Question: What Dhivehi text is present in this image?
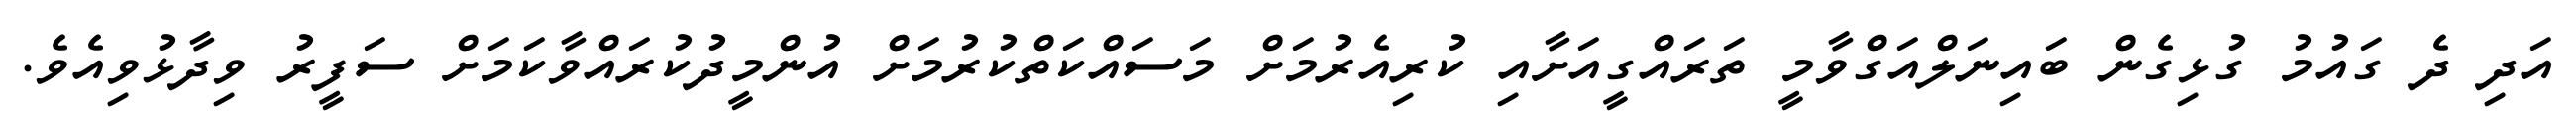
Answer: އަދި ދެ ގައުމު ގުޅިގެން ބައިނަލްއަގްވާމީ ތަރައްގީއަށާއި ކުރިއެރުމަށް މަސައްކަތްކުރުމަށް އުންމީދުކުރައްވާކަމަށް ސަފީރު ވިދާޅުވިއެވެ.